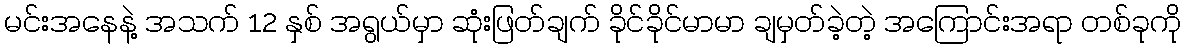
မင်းအနေနဲ့ အသက် 12 နှစ် အရွယ်မှာ ဆုံးဖြတ်ချက် ခိုင်ခိုင်မာမာ ချမှတ်ခဲ့တဲ့ အကြောင်းအရာ တစ်ခုကို